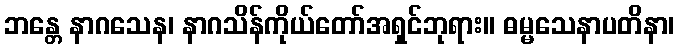
ဘန္တေ နာဂသေန၊ နာဂသိန်ကိုယ်တော်အရှင်ဘုရား။ ဓမ္မသေနာပတိနာ၊